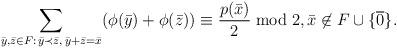
LaTeX: \begin{align*}\sum_{\bar y, \bar z\in F:\, \bar y \prec \bar z,\,\bar y + \bar z=\bar x}(\phi(\bar y)+\phi(\bar z)) \equiv \frac{p(\bar x)}2 \bmod 2, \bar x\not\in F\cup\{\overline 0\}.\end{align*}